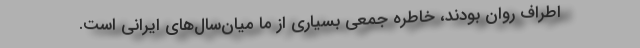
اطراف روان بودند، خاطره جمعی بسیاری از ما میان‌سال‌های ایرانی است.